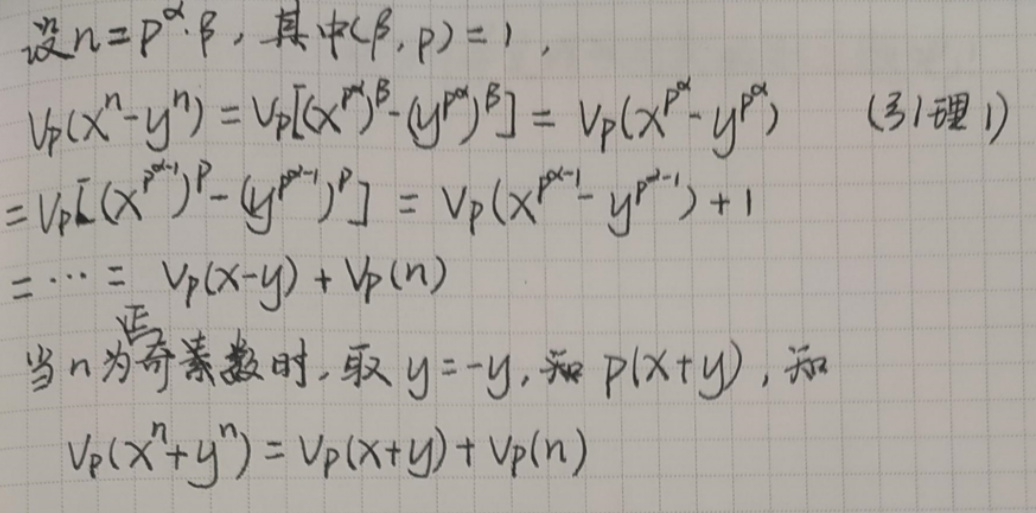
设\(n = p^{\alpha}\beta\)，其中\((\beta,p)=1\)，
\[
\begin{align*}
v_p(x^{n}-y^{n})&=v_p[(x^{p^{\alpha}})^{\beta}-(y^{p^{\alpha}})^{\beta}]=v_p(x^{p^{\alpha}} - y^{p^{\alpha}})\quad(\text{引理1})\\
&=v_p[(x^{p^{\alpha - 1}})^{p}-(y^{p^{\alpha - 1}})^{p}]=v_p(x^{p^{\alpha - 1}} - y^{p^{\alpha - 1}})+1\\
&=\cdots=v_p(x - y)+v_p(n)
\end{align*}
\]
当\(n\)为奇素数时，取\(y=-y\)，若\(p\mid(x + y)\)，则
\[v_p(x^{n}+y^{n})=v_p(x + y)+v_p(n)\]